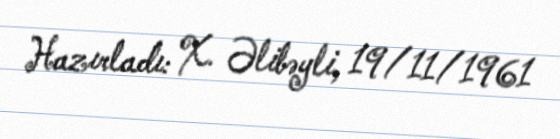
Hazırladı: X. Əlibəyli, 19/11/1961